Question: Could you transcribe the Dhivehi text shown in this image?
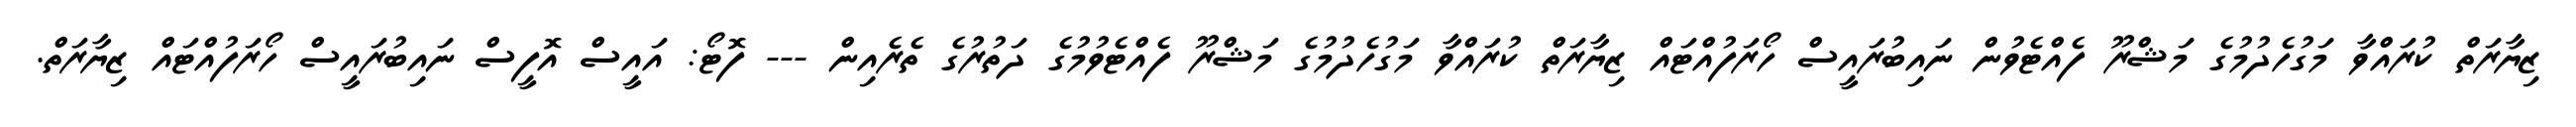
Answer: ޒިޔާރަތް ކުރައްވާ މަގުހެދުމުގެ މަޝްރޫ ފެއްޓެވުން ނައިބުރައީސް ހޯރަފުއްޓައް ޒިޔާރަތް ކުރައްވާ މަގުހެދުމުގެ މަޝްރޫ ފެއްޓެވުމުގެ ދަތުރުގެ ތެރެއިން --- ފޮޓޯ: އައީސް އޮފީސް ނައިބުރައީސް ހޯރަފުއްޓައް ޒިޔާރަތް.